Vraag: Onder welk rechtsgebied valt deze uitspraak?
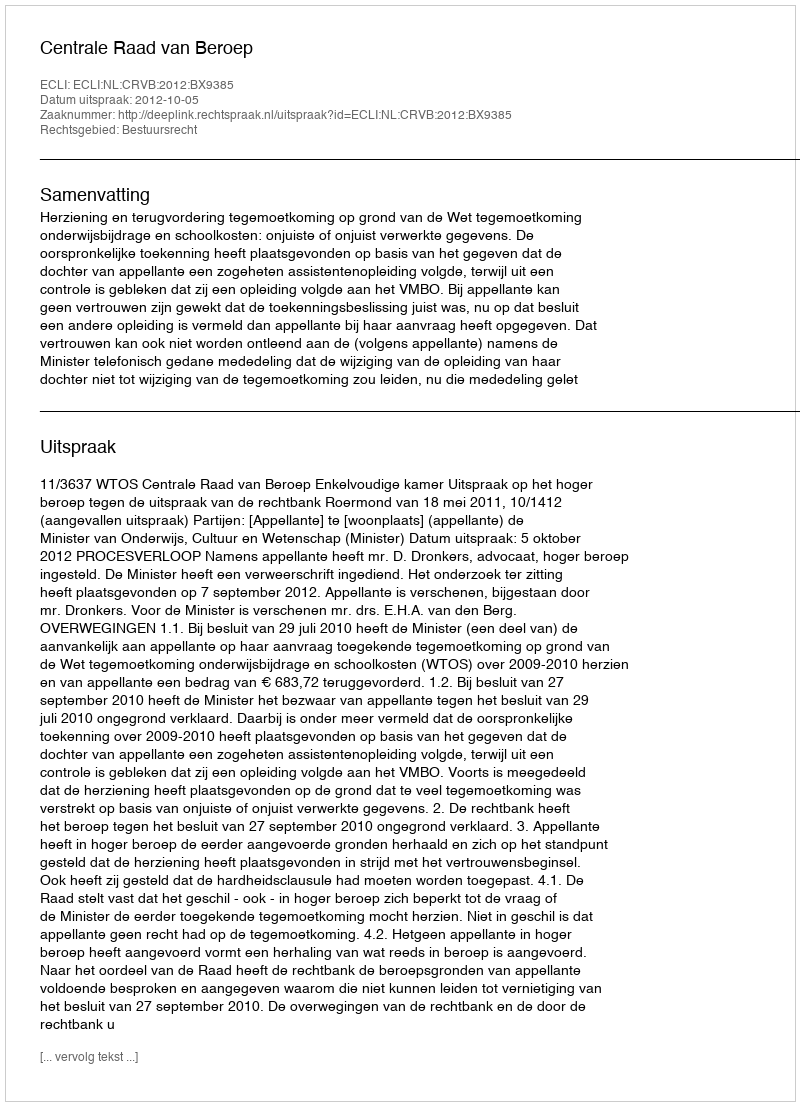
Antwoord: Bestuursrecht